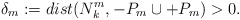
\begin{align*}\delta_{m}:=dist(N_{k}^{m}, -P_{m}\cup +P_{m})>0.\end{align*}